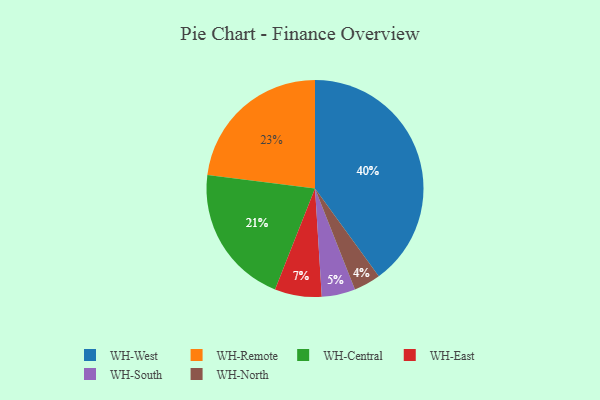
{"axis": {"x": "Category", "y": "Percentage"}, "legend": ["WH-Central", "WH-East", "WH-North", "WH-Remote", "WH-South", "WH-West"], "data": [{"x": "WH-East", "y": 7, "type": "WH-East"}, {"x": "WH-Central", "y": 21, "type": "WH-Central"}, {"x": "WH-South", "y": 5, "type": "WH-South"}, {"x": "WH-North", "y": 4, "type": "WH-North"}, {"x": "WH-Remote", "y": 23, "type": "WH-Remote"}, {"x": "WH-West", "y": 40, "type": "WH-West"}]}